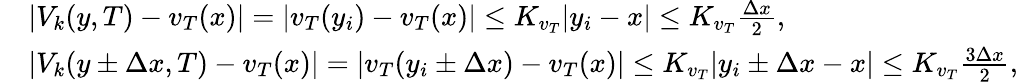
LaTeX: \begin{array}{rl}&{|V_{k}(y,T)-v_{T}(x)|=|v_{T}(y_{i})-v_{T}(x)|\le K_{v_{T}}|y_{i}-x|\le K_{v_{T}}\frac{\Delta x}{2},}\\ &{|V_{k}(y\pm\Delta x,T)-v_{T}(x)|=|v_{T}(y_{i}\pm\Delta x)-v_{T}(x)|\le K_{v_{T}}|y_{i}\pm\Delta x-x|\le K_{v_{T}}\frac{3\Delta x}{2},}\end{array}